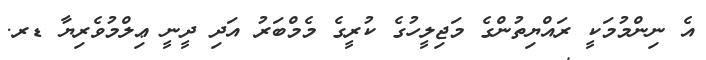
އެ ނިންމުމަކީ ރައްޔިތުންގެ މަޖިލީހުގެ ކުރީގެ މެމްބަރު އަދި ދީނީ ޢިލްމުވެރިޔާ ޑރ.